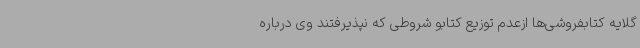
گلایه کتابفروشی‌ها ازعدم توزیع کتابو شروطی که نپذیرفتند وی درباره